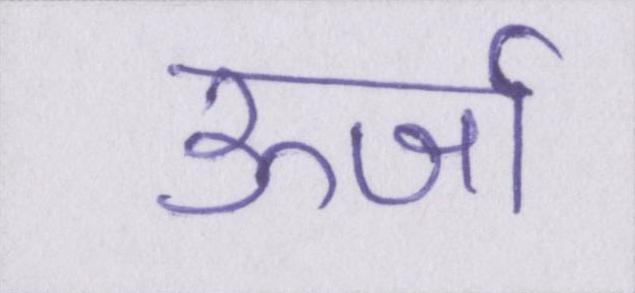
ऊर्जा